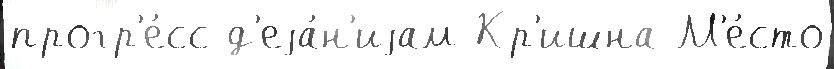
прогр'е́сс д'еjа́н'иjам Кр'ишна М'е́сто